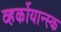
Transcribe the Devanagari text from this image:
व्हर्कोयान्स्क